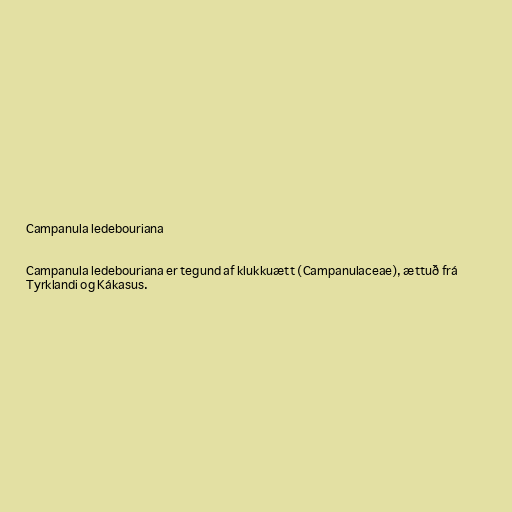
Campanula ledebouriana

Campanula ledebouriana er tegund af klukkuætt (Campanulaceae), ættuð frá
Tyrklandi og Kákasus.